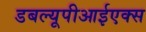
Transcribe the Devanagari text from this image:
डबल्यूपीआईएक्स